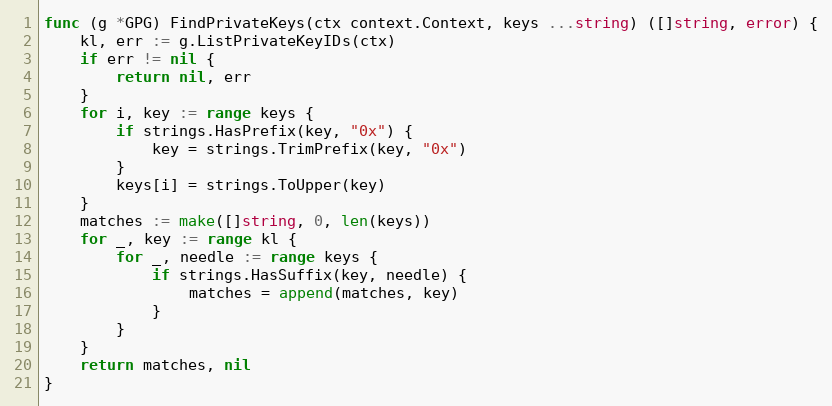
Language: Go
func (g *GPG) FindPrivateKeys(ctx context.Context, keys ...string) ([]string, error) {
	kl, err := g.ListPrivateKeyIDs(ctx)
	if err != nil {
		return nil, err
	}
	for i, key := range keys {
		if strings.HasPrefix(key, "0x") {
			key = strings.TrimPrefix(key, "0x")
		}
		keys[i] = strings.ToUpper(key)
	}
	matches := make([]string, 0, len(keys))
	for _, key := range kl {
		for _, needle := range keys {
			if strings.HasSuffix(key, needle) {
				matches = append(matches, key)
			}
		}
	}
	return matches, nil
}